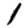
Digit: 1